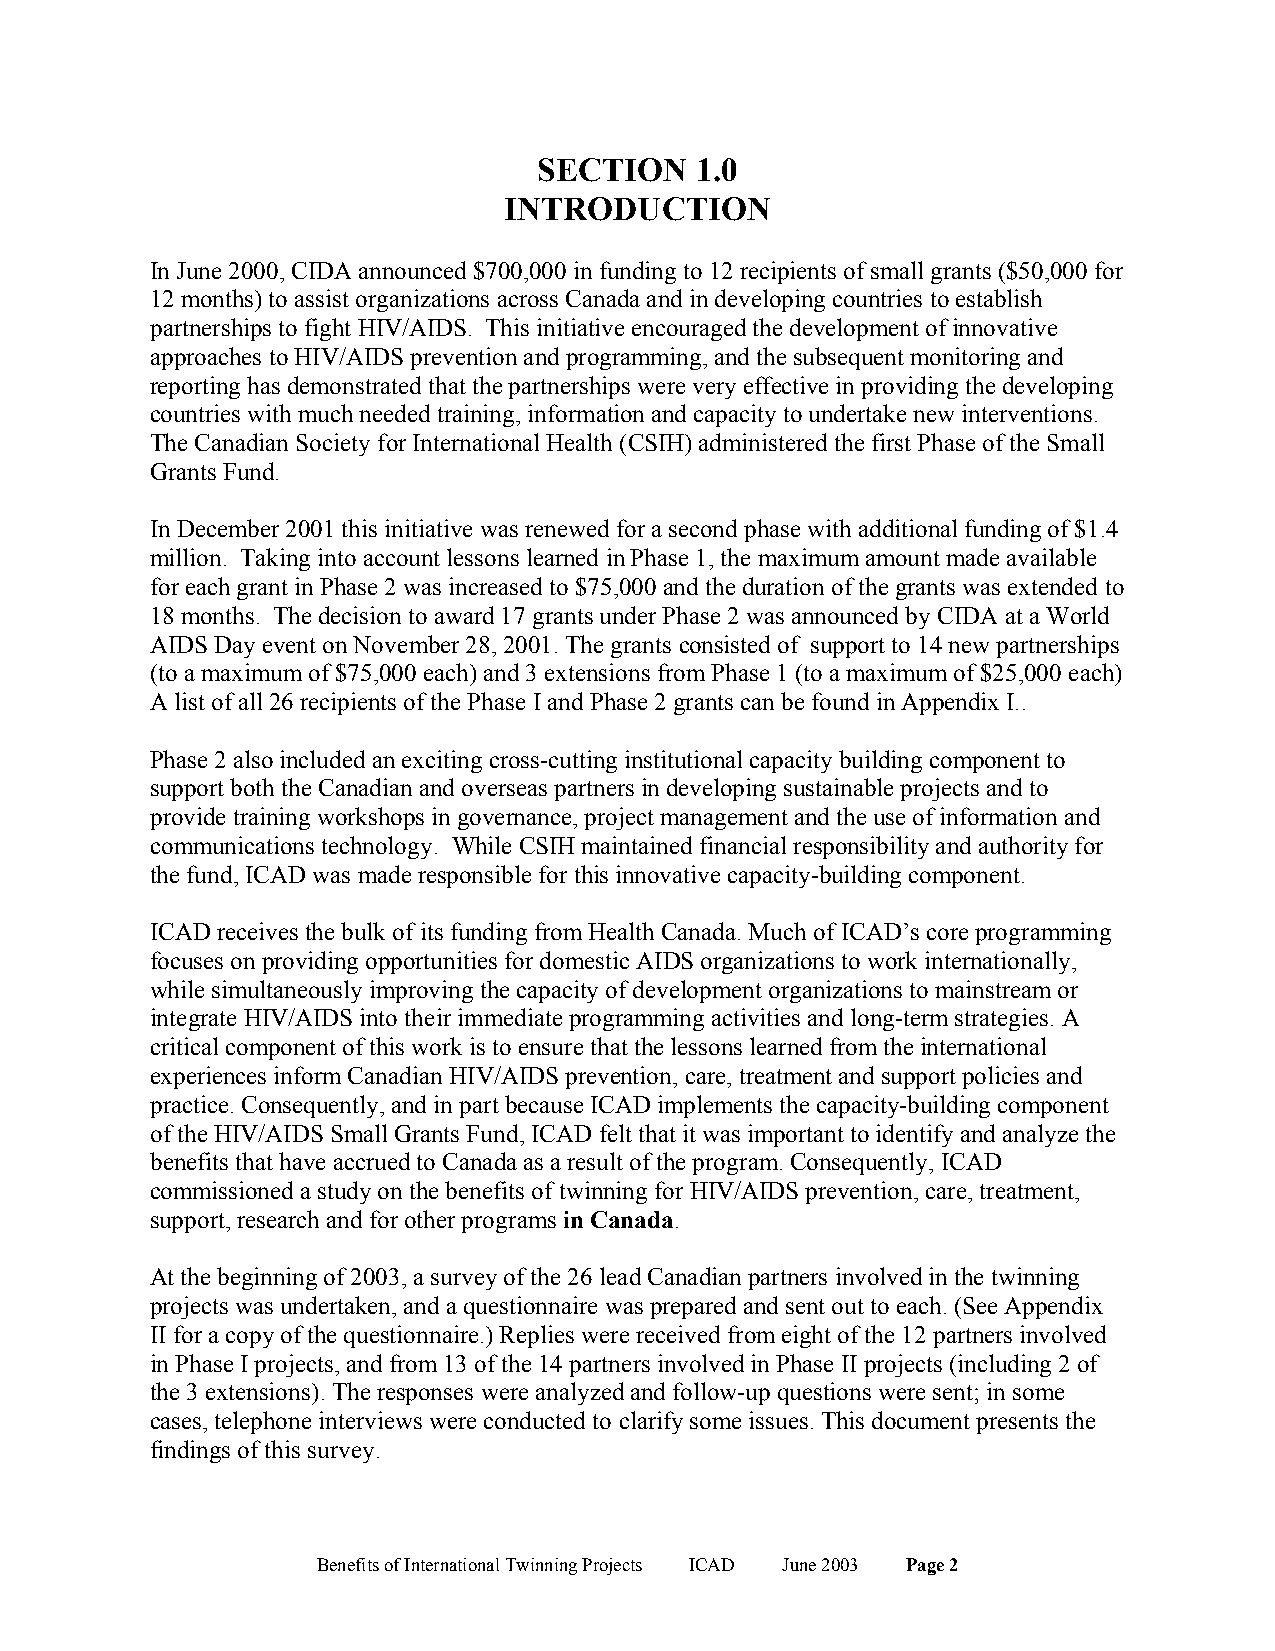
SECTION   1.0
 INTRODUCTION
 In June 2000, CIDA announced $700,000 in funding to 12 recipients of small grants ($50,000 for
 12 months) to assist organizations across Canada and in developing countries to establish
 partnerships to fight HIV/AIDS. This initiative encouraged the development of innovative
 approaches to HIV/AIDS prevention and programming, and the subsequent monitoring and
 reporting has demonstrated that the partnerships were very effective in providing the developing
 countries with much needed training, information and capacity to undertake new interventions.
 The Canadian Society for International Health (CSIH) administered the first Phase of the Small
 Grants Fund.
 In December 2001 this initiative was renewed for a second phase with additional funding of $1.4
 million. Taking into account lessons learned in Phase 1, the maximum amount made available
 for each grant in Phase 2 was increased to $75,000 and the duration of the grants was extended to
 18 months. The decision to award 17 grants under Phase 2 was announced by CIDA at a World
 AIDS Day event on November 28, 2001. The grants consisted of support to 14 new partnerships
 (to a maximum of $75,000 each) and 3 extensions from Phase 1 (to a maximum of $25,000 each)
 A list of all 26 recipients of the Phase I and Phase 2 grants can be found in Appendix I..
 Phase 2 also included an exciting cross-cutting institutional capacity building component to
 support both the Canadian and overseas partners in developing sustainable projects and to
 provide training workshops in governance, project management and the use of information and
 communications technology. While CSIH maintained financial responsibility and authority for
 the fund, ICAD was made responsible for this innovative capacity-building component.
 ICAD receives the bulk of its funding from Health Canada. Much of ICAD’s core programming
 focuses on providing opportunities for domestic AIDS organizations to work internationally,
 while simultaneously improving the capacity of development organizations to mainstream or
 integrate HIV/AIDS into their immediate programming activities and long-term strategies. A
 critical component of this work is to ensure that the lessons learned from the international
 experiences inform Canadian HIV/AIDS prevention, care, treatment and support policies and
 practice. Consequently, and in part because ICAD implements the capacity-building component
 of the HIV/AIDS Small Grants Fund, ICAD felt that it was important to identify and analyze the
 benefits that have accrued to Canada as a result of the program. Consequently, ICAD
 commissioned a study on the benefits of twinning for HIV/AIDS prevention, care, treatment,
 support, research and for other programs in Canada.
 At the beginning of 2003, a survey of the 26 lead Canadian partners involved in the twinning
 projects was undertaken, and a questionnaire was prepared and sent out to each. (See Appendix
 II for a copy of the questionnaire.) Replies were received from eight of the 12 partners involved
 in Phase I projects, and from 13 of the 14 partners involved in Phase II projects (including 2 of
 the 3 extensions). The responses were analyzed and follow-up questions were sent; in some
 cases, telephone interviews were conducted to clarify some issues. This document presents the
 findings of this survey.
 Benefits of International Twinning Projects ICAD June 2003 Page 2